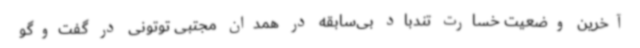
آخرین وضعیت خسارت تندباد بی‌سابقه در همدان مجتبی توتونی در گفت‌وگو